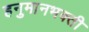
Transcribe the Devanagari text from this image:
हनुमानभक्ती